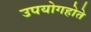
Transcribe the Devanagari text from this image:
उपयोगहोते